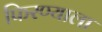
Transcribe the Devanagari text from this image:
फिरण्याला